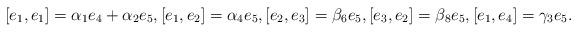
LaTeX: \begin{align*} [e_1, e_1]=\alpha_1e_4+\alpha_2e_5, [e_1, e_2]=\alpha_4e_5, [e_2, e_3]=\beta_6e_5, [e_3, e_2]=\beta_8e_5, [e_1, e_4]=\gamma_3e_5.\end{align*}